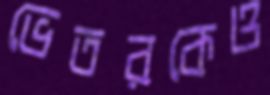
ভেতরকেও